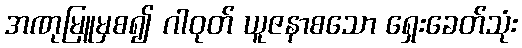
အဏုမြူမှစ၍ ဂါဝုတ် ယူဇနာစသော ရှေးခေတ်သုံး